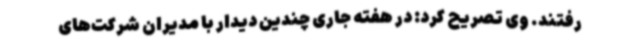
رفتند. وی تصریح کرد: در هفته جاری چندین دیدار با مدیران شرکت‌های